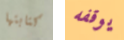
كتابتها يوقفه